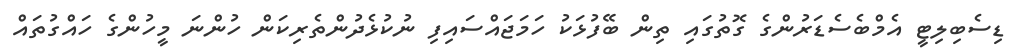
ޑިސެބިލިޓީ އެމްބެސެޑަރުންގެ ގޮތުގައި ތިން ބޭފުޅަކު ހަމަޖައްސައިފި ނުކުޅެދުންތެރިކަން ހުންނަ މީހުންގެ ހައްގުތައް